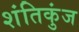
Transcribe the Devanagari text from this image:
शंतिकुंज